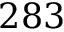
2 8 3